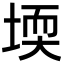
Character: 堧